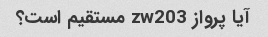
آیا پرواز zw203 مستقیم است؟